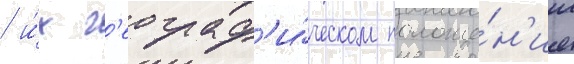
/ и́х г'еограф'и́ческом положе́н'ии